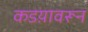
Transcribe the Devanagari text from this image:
कडय़ावरून